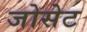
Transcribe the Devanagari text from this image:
जोसेट